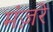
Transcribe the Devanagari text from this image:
मंज़रे